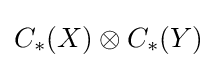
C_{*}(X)\otimes C_{*}(Y)